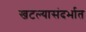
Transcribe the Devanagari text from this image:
खटल्यासंदर्भात